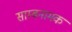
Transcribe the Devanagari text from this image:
साम्बनामक